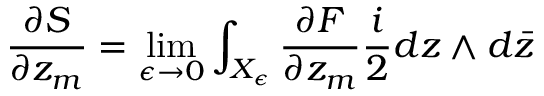
\frac { \partial S } { \partial z _ { m } } = \operatorname * { l i m } _ { \epsilon \rightarrow 0 } \int _ { X _ { \epsilon } } \frac { \partial F } { \partial z _ { m } } \frac { i } { 2 } d z \wedge d \bar { z }